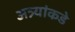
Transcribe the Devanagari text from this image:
अत्र्यांकडे